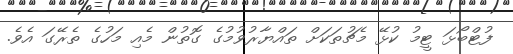
ފުޓްބޯޅަ ޓީމު ކުޅޭ މެޗުތަކަށް ތައްޔާރުވުމުގެ ގޮތުން މެއި މަހުގެ ތެރޭގަ އެވެ.